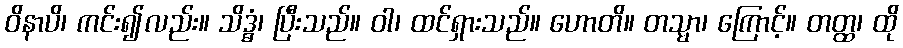
ဝိနာပိ၊ ကင်း၍လည်း။ သိဒ္ဓံ၊ ပြီးသည်။ ဝါ၊ ထင်ရှားသည်။ ဟောတိ။ တသ္မာ၊ ကြောင့်။ တတ္ထ၊ ထို